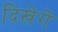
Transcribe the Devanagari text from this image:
दिखेगें